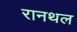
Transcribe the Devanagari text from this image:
रानथल